Scottish Leaving Certificate Examination, 1961
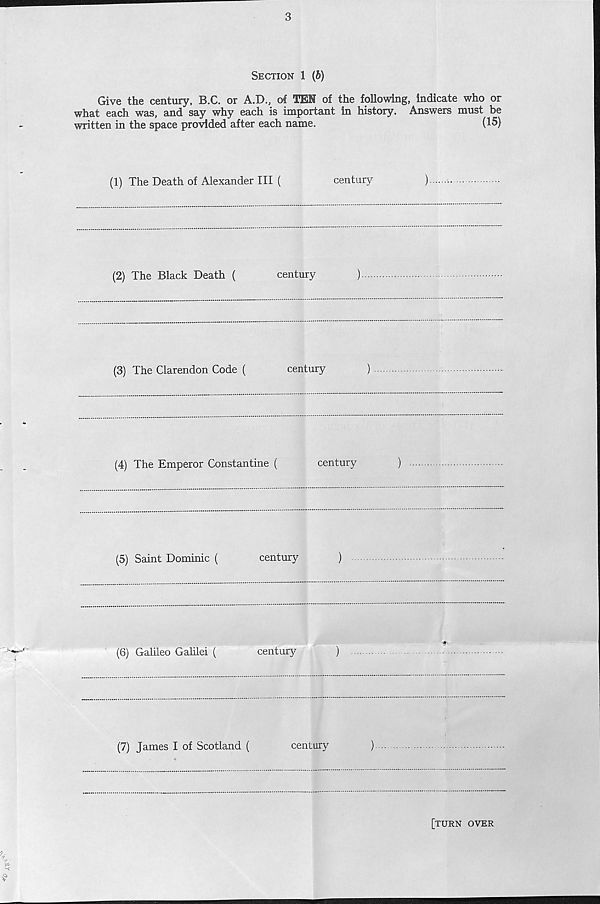
3
Section 1 (6)
Give the century, B.C. or A.D., of TEN of the following, indicate who or
what each was, and say why each is important in history. Answers must be
written in the space provided after each name.
(15)
(1) The Death of Alexander III (
century
)
(2) The Black Death (
century
)
(3) The Clarendon Code (
century
)
(4) The Emperor Constantine (
century
)
(5) Saint Dominic (
century
)
(6) Galileo Galilei (
century
)
(7) James I of Scotland (
century
)
[turn over